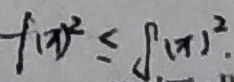
f ( x ) ^ { 2 } \leq \int ( x ) ^ { 2 } .